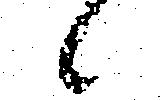
候